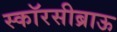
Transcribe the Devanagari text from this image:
स्कॉरसीब्राऊ